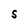
Character: S